Senior Leaving Certificate Examination (including Day School Certificate (Higher) General paper), 1948
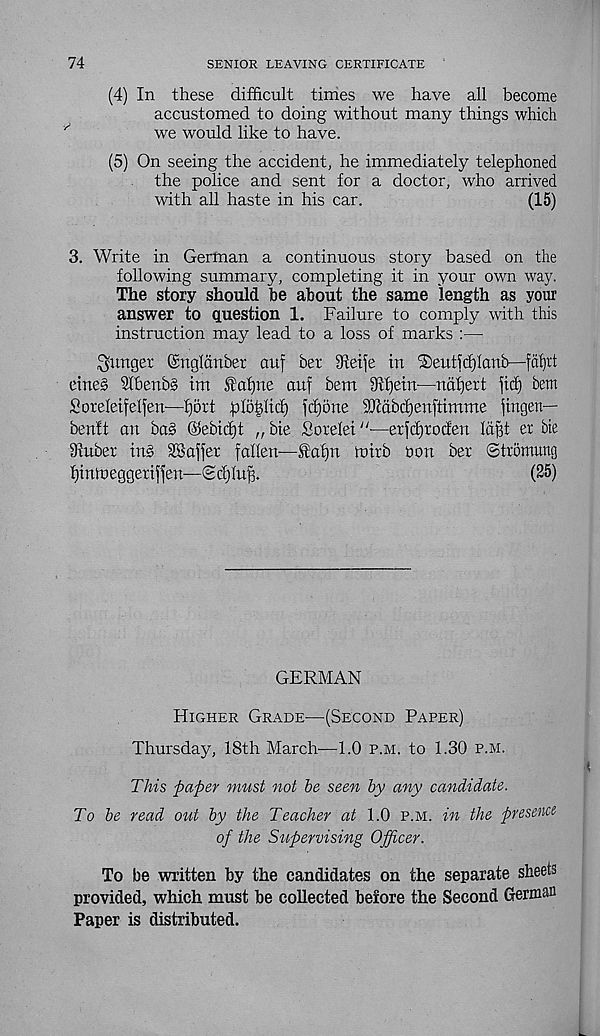
74
SENIOR LEAVING CERTIFICATE
(4) In these difficult times we have all become
accustomed to doing without many things which
we would like to have.
(5) On seeing the accident, he immediately telephoned
the police and sent for a doctor, who arrived
with all haste in his car.
(15)
3. Write in German a continuous story based on the
following summary, completing it in your own way.
The story should be about the same length as your
answer to question 1. Failure to comply with this
instruction may lead to a loss of marks :—
hunger ©nglanber cup bet Shepe in iSeutidponb—faf)it
eines Slbertbs im f afpte auf bem 941)ein—ndfjert jicf) bent
Soreleifelfen—port ploplicf) fcpone 904dbipenftimme pngen—
ben'ft an bas @ebicf)t „ bie Forelei “—erpprocfen lapt er bie
9tuber ins SSafter fallen—Stapn n>irb non ber ©tromung
pintneggeriffen—©cplup.
(25)
GERMAN
Higher Grade—(Second Paper)
Thursday, 18th March-—1.0 p.m. to 1.30 p.m.
This paper must not be seen by any candidate.
To be read out by the Teacher at 1.0 p.m. in the presence
of the Supervising Officer.
To be written by the candidates on the separate sheets
provided, which must be collected before the Second German
Paper is distributed.